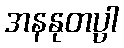
အနနုတပ္ပါ